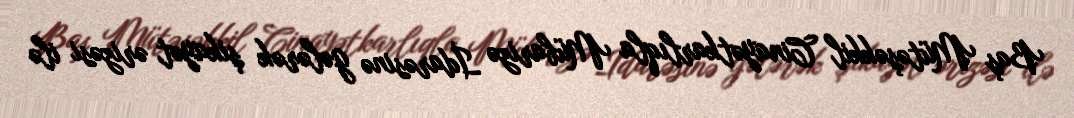
Baş Mütəşəkkil Cinayətkarlıqla Mübarizə İdarəsinə gələrək şikayət ərizəsi ilə